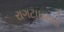
રાગટાઇમનો